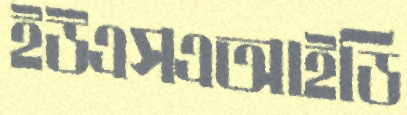
ইউএসএআইডি